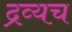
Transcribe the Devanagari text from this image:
द्रव्यच